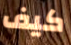
كيف